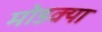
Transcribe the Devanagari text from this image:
मोडक्या